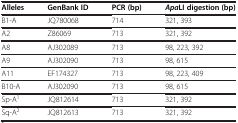
| Alleles | GenBank ID | PCR (bp) | ApaLI digestion (bp) |
 | --- | --- | --- | --- |
 | B1-A | JQ780068 | 714 | 321, 393 |
 | A2 | Z86069 | 713 | 321, 392 |
 | A8 | AJ302089 | 713 | 98, 223, 392 |
 | A9 | AJ302090 | 713 | 98, 615 |
 | A11 | EF174327 | 713 | 98, 223, 409 |
 | B10-A | AJ302090 | 713 | 98, 615 |
 | Sp-A1 | JQ812614 | 713 | 321, 392 |
 | Sq-A2 | JQ812613 | 713 | 321, 392 |